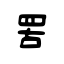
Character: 罟